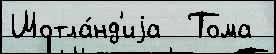
Шотла́нд'иjа  Тома